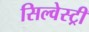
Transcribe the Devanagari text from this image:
सिल्वेस्ट्री